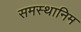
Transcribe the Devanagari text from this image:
समस्थानिम